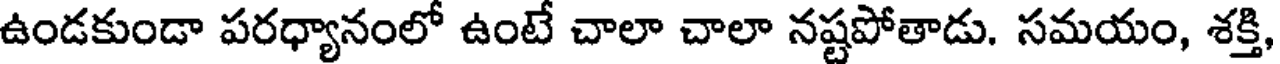
ఉండకుండా పరధ్యానంలో ఉంటే చాలా చాలా నష్టపోతాడు. సమయం, శక్తి